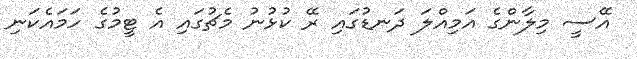
އޭސީ މިލާންގެ އަމިއްލަ ދަނޑުގައި ރޭ ކުޅުނު މެޗުގައި އެ ޓީމުގެ ހަމައެކަނި